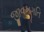
જીવનગતિ